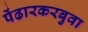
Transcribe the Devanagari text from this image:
पेंढारकरबुवा